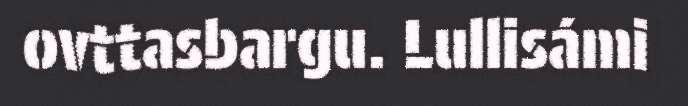
ovttasbargu. Lullisámi